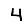
Digit: 4